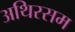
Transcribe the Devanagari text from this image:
अथिरसम